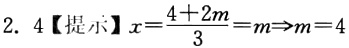
2. 4【提示】$x = \frac{4 + 2m}{3}=m\Rightarrow m = 4$